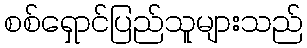
စစ်ရှောင်ပြည်သူများသည်